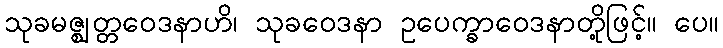
သုခမဇ္ဈတ္တဝေဒနာဟိ၊ သုခဝေဒနာ ဥပေက္ခာဝေဒနာတို့ဖြင့်။ ပေ။